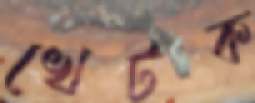
খেটক